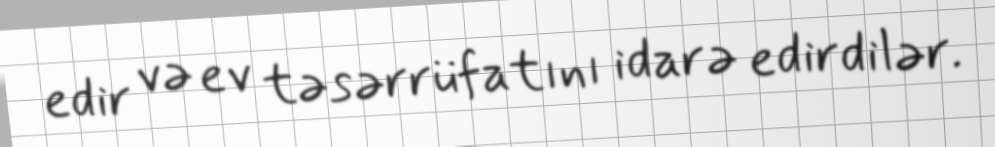
edir və ev təsərrüfatını idarə edirdilər.